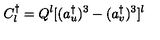
C _ { l } ^ { \dagger } = Q ^ { l } [ ( a _ { u } ^ { \dagger } ) ^ { 3 } - ( a _ { v } ^ { \dagger } ) ^ { 3 } ] ^ { l }